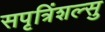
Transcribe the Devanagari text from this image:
सपृत्रिंशल्सु